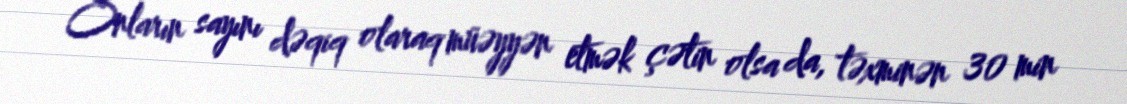
Onların sayını dəqiq olaraq müəyyən etmək çətin olsa da, təxminən 30 min